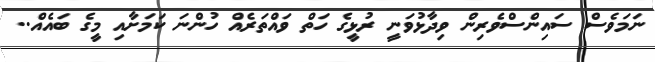
ނަމަވެސް ސައިންސްވެރިން ވިދާޅުވަނީ ރުޅީގެ ހަތް ވައްތަރެއް ހުންނަ ކަމަށާއި މީގެ ބައެއް..